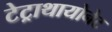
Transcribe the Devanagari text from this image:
टेट्राथायोनेट